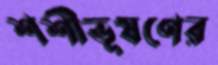
শশীভূষণের